Indian journal of veterinary science and animal husbandry - Volume 10,
Year: 1940
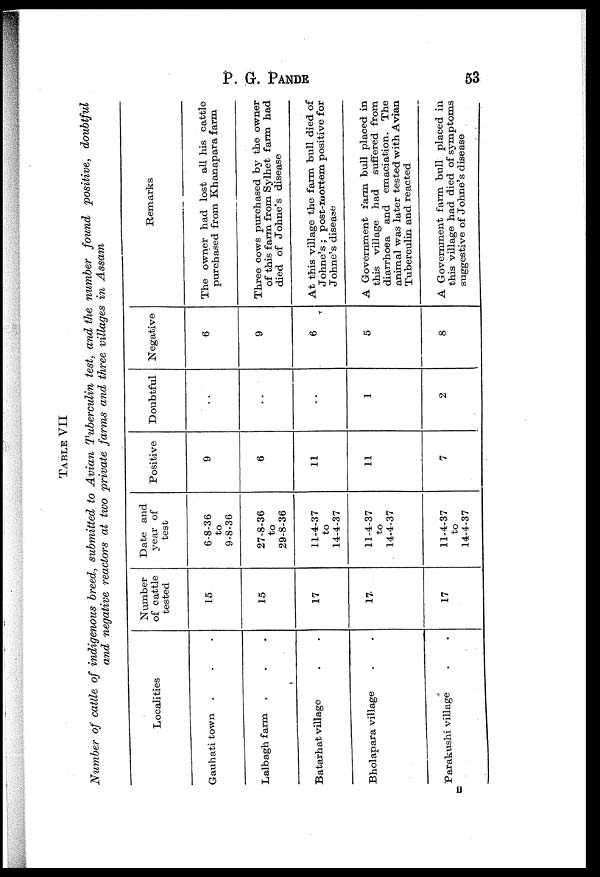
P. G.
PANDE
53
TABLE VII
Number of cattle of indigenous breed, submitted to Avian Tuberculin test, and the number found positive, doubtful
and negative reactors at two private farms and three villages in Assam
Localities
Gauhati town . .
Lalbagh farm . .
Batarhat village . .
Bholapara village . .
Parakushi village . .
Number
of cattle
tested
15
15
17
17
17
Date and
year of
test
6-8-36
to
9-8-36
27-8-36
to
29-8-36
11-4-37
to
14-4-37
11-4-37
to
14-4-37
11-4-37
to
14-4-37
Positive
9
6
11
11
7
Doubtful
..
..
..
1
2
Negative
6
9
6
5
8
Remarks
The owner had lost all his cattle
purchased from Khanapara farm
Three cows purchased by the owner
of this farm from Sylhet farm had
died of Johne's disease
At this village the farm bull died of
Johne's ; post-mortem positive for
Johne's disease
A Government farm bull placed in
this village had suffered from
diarrhoea and emaciation. The
animal was later tested with Avian
Tuberculin and reacted
A Government farm bull placed in
this village had died of symptoms
suggestive of Johne's disease
H